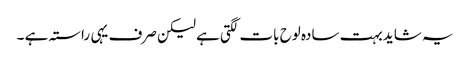
یہ شاید بہت سادہ لوح بات لگتی ہے لیکن صرف یہی راستہ ہے ۔